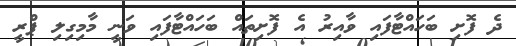
ދެ ފޮށި ބަހައްޓާފައި ވާއިރު އެ ފޮށިތައް ބަހައްޓާފައި ވަނީ މާމިގިލި ޕްރީ